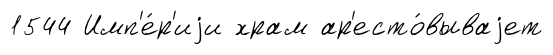
1544 Имп'е́р'иjи храм ар'есто́вываjет